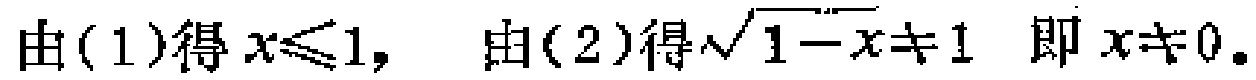
由(1)得 \(x\leqslant1,\)  由(2)得 \(\sqrt{1 - x}\neq1\) 即 \(x\neq0\)。